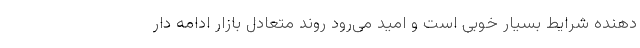
دهنده شرایط بسیار خوبی است و امید می‌رود روند متعادل بازار ادامه دار